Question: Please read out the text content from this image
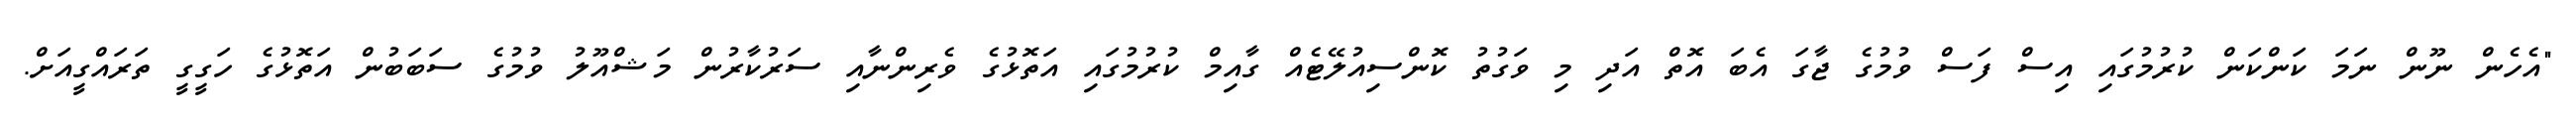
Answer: "އެހެން ނޫން ނަމަ ކަންކަން ކުރުމުގައި އިސް ފަސް ވުމުގެ ޖާގަ އެބަ އޮތް އަދި މި ވަގުތު ކޮންސިއުލޭޓެއް ގާއިމް ކުރުމުގައި އަތޮޅުގެ ވެރިންނާއި ސަރުކާރުން މަޝްއޫލު ވުމުގެ ސަބަބުން އަތޮޅުގެ ހަގީގީ ތަރައްގީއަށް.